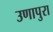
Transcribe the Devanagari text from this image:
उणापुरा